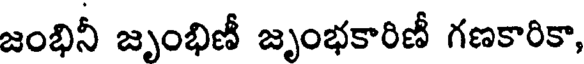
జంభినీ జృంభిణీ జృంభకారిణీ గణకారికా,